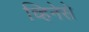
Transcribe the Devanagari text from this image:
च्हिनेसे